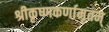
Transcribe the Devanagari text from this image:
श्रीकृष्णकर्णामृतम्